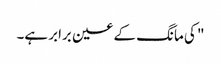
" کی مانگ کے عین برابر ہے۔